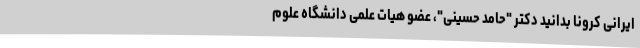
ایرانی کرونا بدانید دکتر "حامد حسینی"، عضو هیات علمی دانشگاه علوم